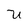
Character: U